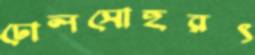
ঢোলসোহরৎ